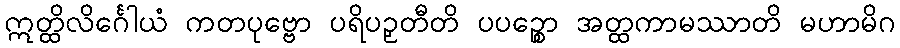
ဣတ္ထိလိင်္ဂေါယံ ကတပုဗ္ဗော ပရိပဉှတီတိ ပပဉ္စော အတ္ထကာမဿာတိ မဟာမိဂ